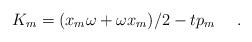
LaTeX: \begin{align*}K_{m}= (x_{m}\omega + \omega x_{m})/2 - tp_{m}~~~~.\end{align*}